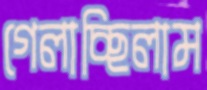
গেলাচ্ছিলাম